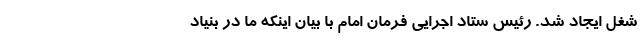
شغل ایجاد شد. رئیس ستاد اجرایی فرمان امام با بیان اینکه ما در بنیاد